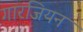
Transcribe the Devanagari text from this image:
गारजियन